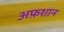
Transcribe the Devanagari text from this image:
अफ़शान